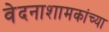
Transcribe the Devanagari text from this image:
वेदनाशामकांच्या